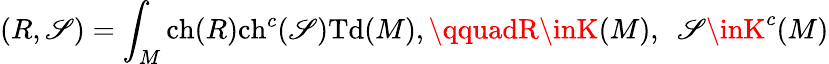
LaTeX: (R,\mathscr{S})=\int_{M}\mathrm{{ch}}(R)\mathrm{{ch}}^{c}(\mathscr{S})\mathrm{{Td}}(M),\qquadR\inK(M),~~\mathscr{S}\inK^{c}(M)